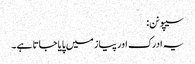
سیپو نن:
یہ ادرک اور پیاز میں پایا جاتا ہے۔